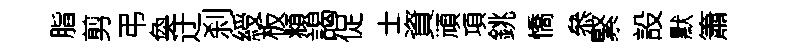
脂剪弔奐迂刹綬板頫謁促士資頑項銚憍叅緊設默簫